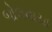
બોલવાયા